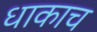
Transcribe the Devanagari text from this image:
धाकाच